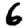
Digit: 6